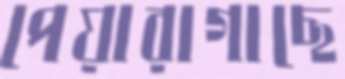
পেয়ারাগাছে